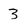
Character: 3